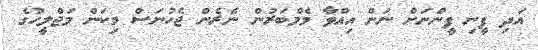
އަދި ފީނި ފީންނަށް ނަން އިއްވާ މެމްބަރުން ނެރެން ޖެހުނަސް މިކަން މަޖްލީހުގެ